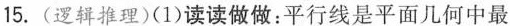
15.(逻辑推理)(1)读读做做：平行线是平面几何中最